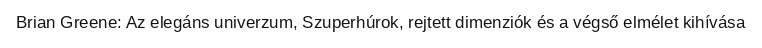
Brian Greene: Az elegáns univerzum, Szuperhúrok, rejtett dimenziók és a végső elmélet kihívása